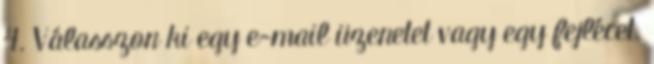
4. Válasszon ki egy e-mail üzenetet vagy egy fejlécet.